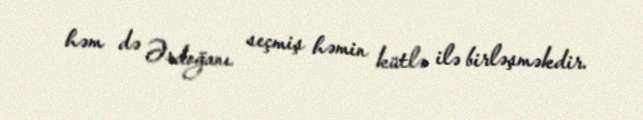
həm də Ərdoğanı seçmiş həmin kütlə ilə birləşməkdir.